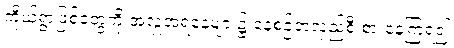
ကိုယ့်ရွာဖြစ်တွေကို အလှူအရံနေ့များ၌ နေ့စဉ်တလှည့်စီ စားနေကြရ၍